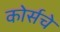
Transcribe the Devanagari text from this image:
कोर्सचे